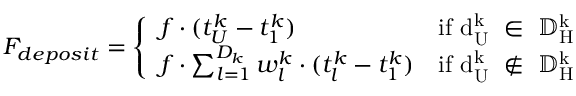
F _ { d e p o s i t } = \left\{ \begin{array} { l l } { f \cdot ( t _ { U } ^ { k } - t _ { 1 } ^ { k } ) } & { \mathrm { i f ~ d _ U ^ k ~ \in ~ { \mathbb { D } ^ k _ H } ~ } } \\ { f \cdot \sum _ { l = 1 } ^ { D _ { k } } w _ { l } ^ { k } \cdot ( t _ { l } ^ { k } - t _ { 1 } ^ { k } ) } & { \mathrm { i f ~ d _ U ^ k ~ \notin ~ { \mathbb { D } ^ k _ H } ~ } } \end{array} \right.